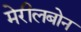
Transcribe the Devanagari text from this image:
मेरीलबोन